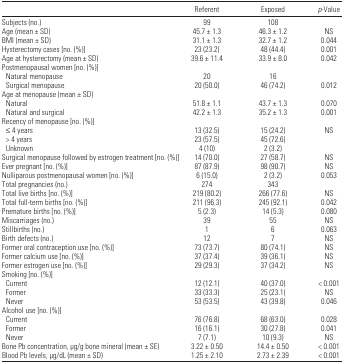
<table><thead><tr><td></td><td><b>Referent</b></td><td><b>Exposed</b></td><td><b><i>p</i>-Value</b></td></tr></thead><tbody><tr><td>Subjects (no.)</td><td>99</td><td>108</td><td></td></tr><tr><td>Age (mean ± SD)</td><td>45.7 ± 1.3</td><td>46.3 ± 1.2</td><td>NS</td></tr><tr><td>BMI (mean ± SD)</td><td>31.1 ± 1.3</td><td>32.7 ± 1.2</td><td>0.044</td></tr><tr><td>Hysterectomy cases [no. (%)]</td><td>23 (23.2)</td><td>48 (44.4)</td><td>0.001</td></tr><tr><td>Age at hysterectomy (mean ± SD)</td><td>39.6 ± 11.4</td><td>33.9 ± 8.0</td><td>0.042</td></tr><tr><td colspan="4">Postmenopausal women [no. (%)]</td></tr><tr><td> Natural menopause</td><td>20</td><td>16</td><td></td></tr><tr><td> Surgical menopause</td><td>20 (50.0)</td><td>46 (74.2)</td><td>0.012</td></tr><tr><td colspan="4">Age at menopause (mean ± SD)</td></tr><tr><td> Natural</td><td>51.8 ± 1.1</td><td>43.7 ± 1.3</td><td>0.070</td></tr><tr><td> Natural and surgical</td><td>42.2 ± 1.3</td><td>35.2 ± 1.3</td><td>0.001</td></tr><tr><td colspan="4">Recency of menopause [no. (%)]</td></tr><tr><td> ≤4 years</td><td>13 (32.5)</td><td>15 (24.2)</td><td>NS</td></tr><tr><td> &gt; 4 years</td><td>23 (57.5)</td><td>45 (72.6)</td><td></td></tr><tr><td> Unknown</td><td>4 (10)</td><td>2 (3.2)</td><td></td></tr><tr><td>Surgical menopause followed by estrogen treatment [no. (%)]</td><td>14 (70.0)</td><td>27 (58.7)</td><td>NS</td></tr><tr><td>Ever pregnant [no. (%)]</td><td>87 (87.9)</td><td>98 (90.7)</td><td>NS</td></tr><tr><td>Nulliparous postmenopausal women [no. (%)]</td><td>6 (15.0)</td><td>2 (3.2)</td><td>0.053</td></tr><tr><td>Total pregnancies (no.)</td><td>274</td><td>343</td><td></td></tr><tr><td>Total live births [no. (%)]</td><td>219 (80.2)</td><td>266 (77.6)</td><td>NS</td></tr><tr><td>Total full-term births [no. (%)]</td><td>211 (96.3)</td><td>245 (92.1)</td><td>0.042</td></tr><tr><td>Premature births [no. (%)]</td><td>5 (2.3)</td><td>14 (5.3)</td><td>0.080</td></tr><tr><td>Miscarriages (no.)</td><td>39</td><td>55</td><td>NS</td></tr><tr><td>Stillbirths (no.)</td><td>1</td><td>6</td><td>0.063</td></tr><tr><td>Birth defects (no.)</td><td>12</td><td>7</td><td>NS</td></tr><tr><td>Former oral contraception use [no. (%)]</td><td>73 (73.7)</td><td>80 (74.1)</td><td>NS</td></tr><tr><td>Former calcium use [no. (%)]</td><td>37 (37.4)</td><td>39 (36.1)</td><td>NS</td></tr><tr><td>Former estrogen use [no. (%)]</td><td>29 (29.3)</td><td>37 (34.2)</td><td>NS</td></tr><tr><td colspan="4">Smoking [no. (%)]</td></tr><tr><td> Current</td><td>12 (12.1)</td><td>40 (37.0)</td><td>&lt; 0.001</td></tr><tr><td> Former</td><td>33 (33.3)</td><td>25 (23.1)</td><td>NS</td></tr><tr><td> Never</td><td>53 (53.5)</td><td>43 (39.8)</td><td>0.046</td></tr><tr><td colspan="4">Alcohol use [no. (%)]</td></tr><tr><td> Current</td><td>76 (76.8)</td><td>68 (63.0)</td><td>0.028</td></tr><tr><td> Former</td><td>16 (16.1)</td><td>30 (27.8)</td><td>0.041</td></tr><tr><td> Never</td><td>7 (7.1)</td><td>10 (9.3)</td><td>NS</td></tr><tr><td>Bone Pb concentration, μg/g bone mineral (mean ± SE)</td><td>3.22 ± 0.50</td><td>14.4 ± 0.50</td><td>&lt; 0.001</td></tr><tr><td>Blood Pb levels, μg/dL (mean ± SD)</td><td>1.25 ± 2.10</td><td>2.73 ± 2.39</td><td>&lt; 0.001</td></tr></tbody></table>